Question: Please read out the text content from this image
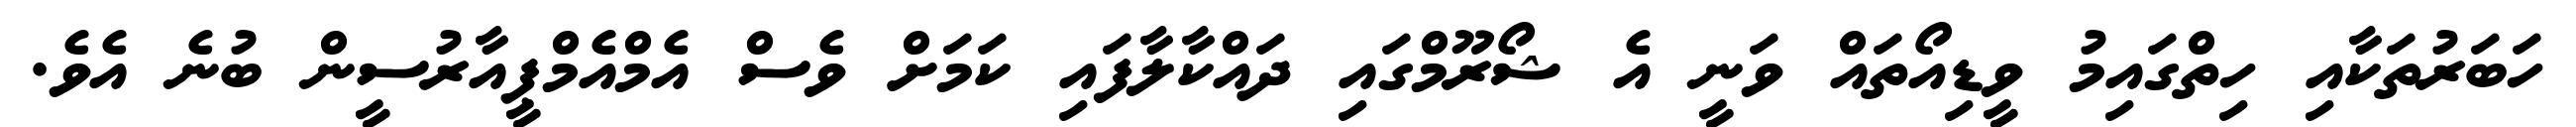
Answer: ހަބަރުތަކާއި ހިތްގައިމު ވީޑިއޯތައް ވަނީ އެ ޝޯރޫމްގައި ދައްކާލާފައި ކަމަށް ވެސް އެމްއެމްޕީއާރުސީން ބުނެ އެވެ.